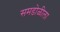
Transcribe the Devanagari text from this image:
समडोळीला